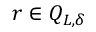
r \in Q _ { L , \delta }